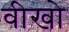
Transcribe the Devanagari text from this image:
वीखो